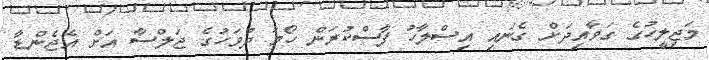
މަޖިލީހުގެ ގަވާއިދަށް ގެނައި އިސްލާހު ފާސްކުރަން ހޯމަ ދުވަހުގެ ޖަލްސާ އަށް އެޖެންޑާ